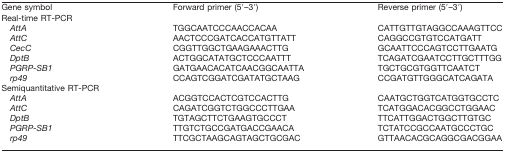
| Gene symbol | Forward primer (5′–3′) | Reverse primer (5′–3′) |
 | --- | --- | --- |
 | Real-time RT-PCR |  |  |
 | AttA | TGGCAATCCCAACCACAA | CATTGTTGTAGGCCAAAGTTCC |
 | AttC | AACTCCCGATCACCATGTTATT | CAGGCCGTGTCCATGATT |
 | CecC | CGGTTGGCTGAAGAAACTTG | GCAATTCCCAGTCCTTGAATG |
 | DptB | ACTGGCATATGCTCCCAATTT | TCAGATCGAATCCTTGCTTTGG |
 | PGRP-SB1 | GATGAACACATCAACGGCAATTA | TGCTGCGTGGTTCAATCT |
 | rp49 | CCAGTCGGATCGATATGCTAAG | CCGATGTTGGGCATCAGATA |
 | Semiquantitative RT-PCR |  |  |
 | AttA | ACGGTCCACTCGTCCACTTG | CAATGCTGGTCATGGTGCCTC |
 | AttC | CAGATCGGTCTGGCCCTTGAA | TCATGGACACGGCCTGGAAC |
 | DptB | TGTAGCTTCTGAAGTGCCCT | TTCATTGGACTGGCTTGTGC |
 | PGRP-SB1 | TTGTCTGCCGATGACCGAACA | TCTATCCGCCAATGCCCTGC |
 | rp49 | TTCGCTAAGCAGTAGCTGCGAC | GTTAACACGCAGGCGACGGAA |